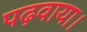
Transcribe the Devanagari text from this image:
पढ़वाया।